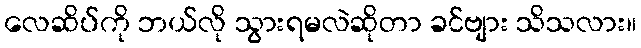
လေဆိပ်ကို ဘယ်လို သွားရမလဲဆိုတာ ခင်ဗျား သိသလား။